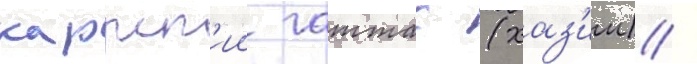
каррск'ии гаттас (хаз'им) /